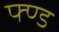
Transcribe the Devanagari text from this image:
फ्ण्ड